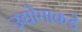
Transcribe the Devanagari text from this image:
उद्योगाकडे